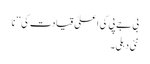
بی جے پی کی اعلیٰ قیادت کی ’’ نا
نئی دہلی۔